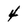
Character: 4